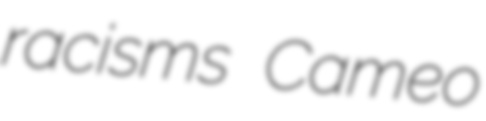
racisms Cameo